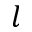
l